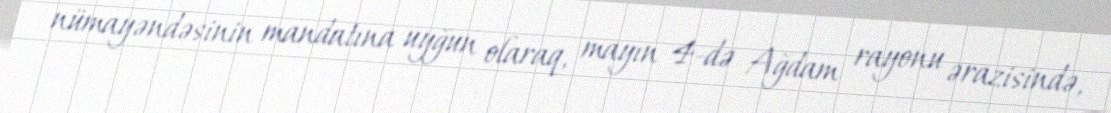
nümayəndəsinin mandatına uyğun olaraq, mayın 4-də Ağdam rayonu ərazisində,